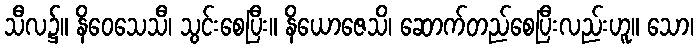
သီလ၌။ နိဝေသေသီ၊ သွင်းစေပြီး။ နိယောဇေသိ၊ ဆောက်တည်စေပြီးလည်းဟူ။ သော၊